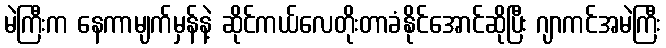
မဲကြီးက နေကာမျက်မှန်နဲ့ ဆိုင်ကယ်လေတိုးတာခံနိုင်အောင်ဆိုပြီး ဂျာကင်အမဲကြီး